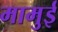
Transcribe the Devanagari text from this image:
मामुई